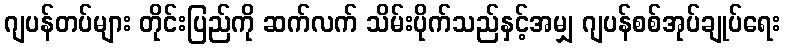
ဂျပန်တပ်များ တိုင်းပြည်ကို ဆက်လက် သိမ်းပိုက်သည်နှင့်အမျှ ဂျပန်စစ်အုပ်ချုပ်ရေး